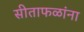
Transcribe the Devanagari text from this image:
सीताफळांना